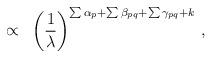
LaTeX: \begin{align*}\propto~ \left(\frac{1}{\lambda}\right)^{\sum \alpha_{p} + \sum \beta_{pq} + \sum \gamma_{pq} + k} \,,\end{align*}